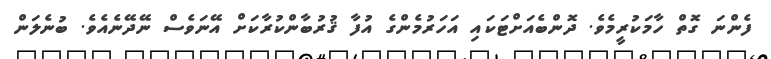
ފެންނަ ގޮތް ހާމަކުރީމެވެ. ދޮންބެއަށްޓަކައި އަހަރުމެންގެ އުފާ ޤުރުބާންކުރާކަށް އޭނަވެސް ނޭދޭނެއެވެ. ބުނެލަން